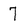
Character: 7